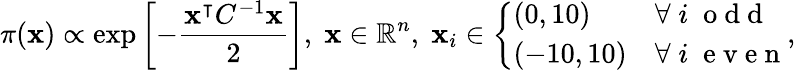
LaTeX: \pi(\mathbf{x})\propto\exp\left[-\frac{{\mathbf{x}^{\intercal}C^{-1}\mathbf{x}}}{{2}}\right],\; \mathbf{x}\in\mathbb{{R}}^{n},\; \mathbf{x}_{i}\in\left\{ \begin{array}{ll}{(0,10)}&{\forall\; i\; \mathrm{~o~d~d~}}\\ {(-10,10)}&{\forall\; i\; \mathrm{~e~v~e~n~}}\end{array}\right.,